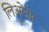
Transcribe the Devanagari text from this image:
लिओनोर